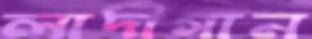
লাদীগান